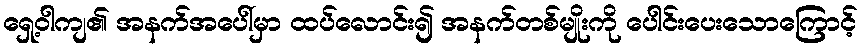
ရှေ့ဝါကျ၏ အနက်အပေါ်မှာ ထပ်လောင်း၍ အနက်တစ်မျိုးကို ပေါင်းပေးသောကြောင့်